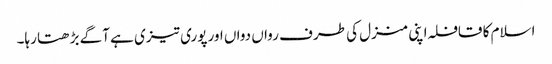
اسلام کا قافلہ اپنی منزل کی طرف رواں دواں اور پوری تیزی ہے آگے بڑھتا رہا۔